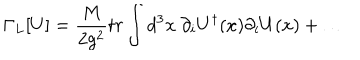
LaTeX: \Gamma _ { L } [ U ] = { \frac { M } { 2 g ^ { 2 } } } t r \int d ^ { 3 } x ~ \partial _ { i } U ^ { \dagger } ( x ) \partial _ { i } U ( x ) + \ldots